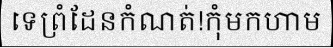
ទេព្រំដែនកំណត់!កុំមកហាម